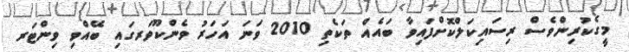
މީގެކުރިންވެސް ރިސައިކަލްކޮށްފައިވާ ބައެއް ތަކެތި 2010 ވަނަ އަހަރު ވެންކޫވަރގައި ބޭއްވި ވިންޓަރ